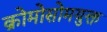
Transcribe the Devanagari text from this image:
क्रोमोसोमयुक्त